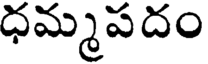
ధమ్మపదం